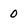
Character: 0